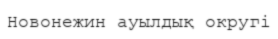
Новонежин ауылдық округі